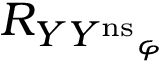
R _ { { Y Y ^ { \mathrm { n s } } } _ { \varphi } }